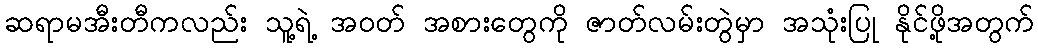
ဆရာမအီးတီကလည်း သူ့ရဲ့ အဝတ် အစားတွေကို ဇာတ်လမ်းတွဲမှာ အသုံးပြု နိုင်ဖို့အတွက်